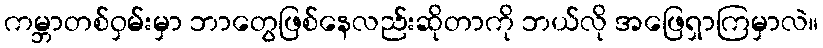
ကမ္ဘာတစ်ဝှမ်းမှာ ဘာတွေဖြစ်နေလည်းဆိုတာကို ဘယ်လို အဖြေရှာကြမှာလဲ။